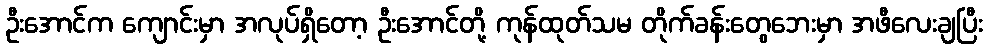
ဦးအောင်က ကျောင်းမှာ အလုပ်ရှိတော့ ဦးအောင်တို့ ကုန်ထုတ်သမ တိုက်ခန်းတွေဘေးမှာ အဖီလေးချပြီး